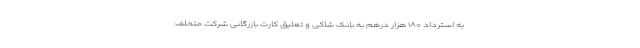
به استرداد ۱۸۰ هزار درهم به بانک شاکی و تعلیق کارت بازرگانی شرکت متخلف